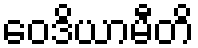
ဝေဒိယာမီတိ